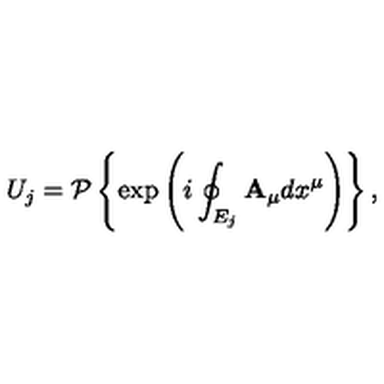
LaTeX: U _ { j } = { \cal P } \left\{ \exp \left( i \oint _ { E _ { j } } { { \bf A _ { \mu } } d x ^ { \mu } } \right) \right\} ,